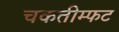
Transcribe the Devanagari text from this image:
चकतीम्फट